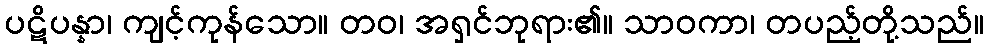
ပဋိပန္နာ၊ ကျင့်ကုန်သော။ တဝ၊ အရှင်ဘုရား၏။ သာဝကာ၊ တပည့်တို့သည်။